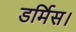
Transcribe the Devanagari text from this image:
डर्मिस।